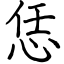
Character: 恁